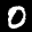
Label: 0